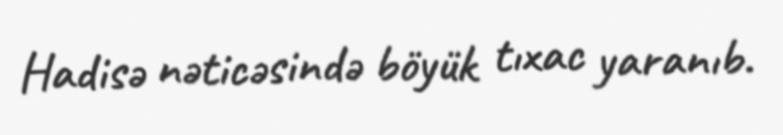
Hadisə nəticəsində böyük tıxac yaranıb.